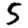
Digit: 5